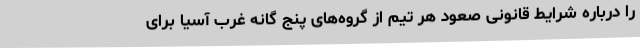
را درباره شرایط قانونی صعود هر تیم از گروه‌های پنج گانه غرب آسیا برای